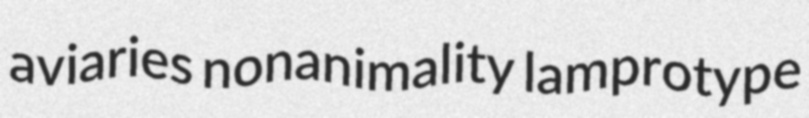
aviaries nonanimality lamprotype